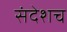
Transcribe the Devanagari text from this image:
संदेशच